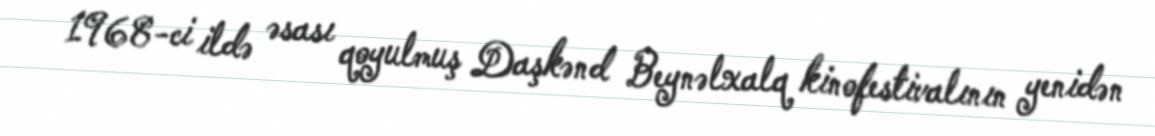
1968-ci ildə əsası qoyulmuş Daşkənd Beynəlxalq kinofestivalının yenidən